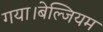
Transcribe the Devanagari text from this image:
गया।बेल्जियम